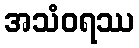
အသံဝရဿ